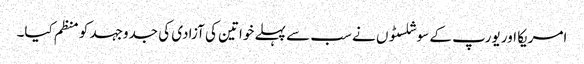
امریکا اور یورپ کے سوشلسٹوں نے سب سے پہلے خواتین کی آزادی کی جدوجہد کو منظم کیا۔